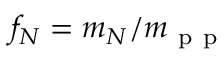
f _ { N } = m _ { N } / m _ { \mathrm { ~ p ~ p ~ } }